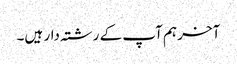
آخر ہم آپ کے رشتہ دار ہیں۔